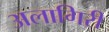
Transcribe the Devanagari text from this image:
अलागिरी